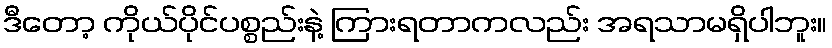
ဒီတော့ ကိုယ်ပိုင်ပစ္စည်းနဲ့ ကြားရတာကလည်း အရသာမရှိပါဘူး။